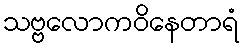
သဗ္ဗလောကဝိနေတာရံ